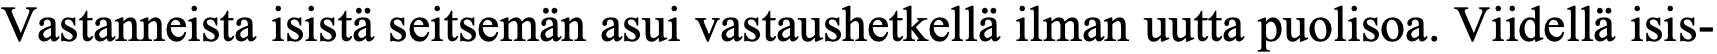
Vastanneista isistä seitsemän asui vastaushetkellä ilman uutta puolisoa. Viidellä isis-